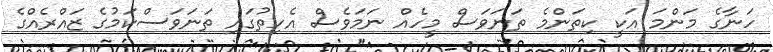
ހަނާގެ މަންމަ އަކީ ކިތަންމެ ތަނަވަސް މީހެއް ނަމަވެސް އެހިތުގައި ތަނަވަސްކަމުގެ ޒައްރެއްގެ